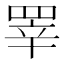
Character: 𰭎